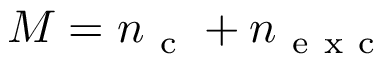
M = n _ { \mathrm { ~ c ~ } } + n _ { \mathrm { ~ e ~ x ~ c ~ } }